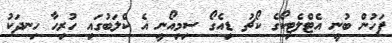
ފަހުން ބުނީ އެޓްލެޓިކޯގެ ކޯޗު ޑިއެގޯ ސިމިއޯނީ އެ ކްލަބުގައި ހުރިހާ ހިނދަކު